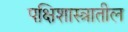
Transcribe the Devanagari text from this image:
पक्षिशास्त्रातील